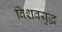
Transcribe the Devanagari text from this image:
विशवयुद्ध